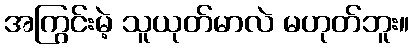
အကြွင်းမဲ့ သူယုတ်မာလဲ မဟုတ်ဘူး။